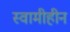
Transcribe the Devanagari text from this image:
स्वामीहीन